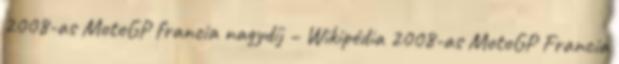
2008-as MotoGP francia nagydíj – Wikipédia 2008-as MotoGP Francia